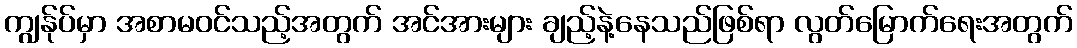
ကျွန်ုပ်မှာ အစာမဝင်သည့်အတွက် အင်အားများ ချည့်နဲ့နေသည်ဖြစ်ရာ လွတ်မြောက်ရေးအတွက်